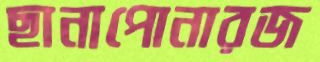
ছানাপোনারজ